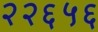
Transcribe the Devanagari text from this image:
२२६५६